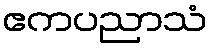
ဧကပညာသံ